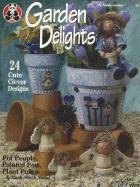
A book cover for Garden Delights: Pot People, Painted Pots, Plant Pokes & Much Much More (Design Originals); Linda Jordan; Crafts, Hobbies & Home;